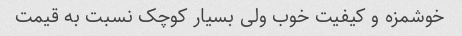
خوشمزه و کیفیت خوب ولی بسیار‌ کوچک نسبت به قیمت